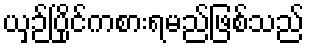
ယှဉ်ပြိုင်ကစားရမည်ဖြစ်သည်